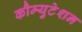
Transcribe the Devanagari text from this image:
कौम्युटेशन